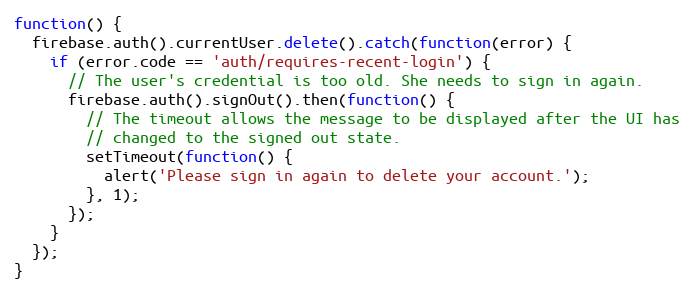
Language: JavaScript
function() {
  firebase.auth().currentUser.delete().catch(function(error) {
    if (error.code == 'auth/requires-recent-login') {
      // The user's credential is too old. She needs to sign in again.
      firebase.auth().signOut().then(function() {
        // The timeout allows the message to be displayed after the UI has
        // changed to the signed out state.
        setTimeout(function() {
          alert('Please sign in again to delete your account.');
        }, 1);
      });
    }
  });
}